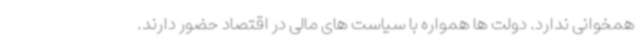
همخوانی ندارد. دولت ها همواره با سیاست های مالی در اقتصاد حضور دارند.